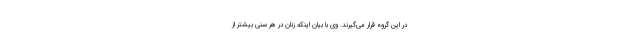
در این گروه قرار می‌گیرند. وی با بیان اینکه زنان در هر سنی بیشتر از